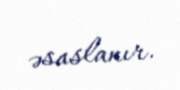
əsaslanır.